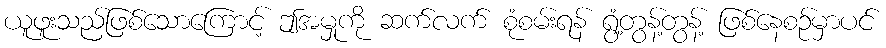
ယူဖူးသည်ဖြစ်သောကြောင့် ဤအမှုကို ဆက်လက် စုံစမ်းရန် ရွံ့တွန့်တွန့် ဖြစ်နေစဉ်မှာပင်